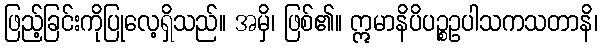
ဖြည့်ခြင်းကိုပြုလေ့ရှိသည်။ အမှိ၊ ဖြစ်၏။ ဣမာနိပိပဉ္စဥပါသကသတာနိ၊